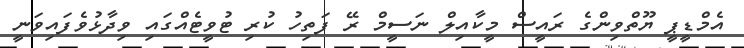
އެމްޑީޕީ ޔޫތްވިންގެ ރައީސް މީކާއިލް ނަސީމް ރޭ ފަތިހު ކުރި ޓުވީޓެއްގައި ވިދާޅުވެފައިވަނީ